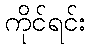
ကိုင်ရင်း